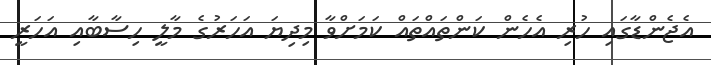
އެޖެންޑާގައި ހުރި އެހެން ކަންތައްތައް ކަމަށްވާ މިދިޔަ އަހަރުގެ މާލީ ހިސާބާއި އަހަރީ